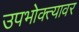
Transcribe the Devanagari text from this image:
उपभोक्त्यावर